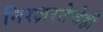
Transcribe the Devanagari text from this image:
निरक्षरतेचेही